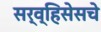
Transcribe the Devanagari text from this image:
सर्व्हिसेसचे